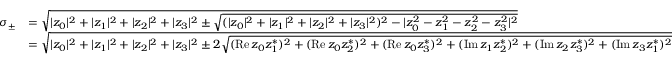
{ \begin{array} { r l } { \sigma _ { \pm } } & { = { \sqrt { | z _ { 0 } | ^ { 2 } + | z _ { 1 } | ^ { 2 } + | z _ { 2 } | ^ { 2 } + | z _ { 3 } | ^ { 2 } \pm { \sqrt { ( | z _ { 0 } | ^ { 2 } + | z _ { 1 } | ^ { 2 } + | z _ { 2 } | ^ { 2 } + | z _ { 3 } | ^ { 2 } ) ^ { 2 } - | z _ { 0 } ^ { 2 } - z _ { 1 } ^ { 2 } - z _ { 2 } ^ { 2 } - z _ { 3 } ^ { 2 } | ^ { 2 } } } } } } \\ & { = { \sqrt { | z _ { 0 } | ^ { 2 } + | z _ { 1 } | ^ { 2 } + | z _ { 2 } | ^ { 2 } + | z _ { 3 } | ^ { 2 } \pm 2 { \sqrt { ( \operatorname { R e } z _ { 0 } z _ { 1 } ^ { * } ) ^ { 2 } + ( \operatorname { R e } z _ { 0 } z _ { 2 } ^ { * } ) ^ { 2 } + ( \operatorname { R e } z _ { 0 } z _ { 3 } ^ { * } ) ^ { 2 } + ( \operatorname { I m } z _ { 1 } z _ { 2 } ^ { * } ) ^ { 2 } + ( \operatorname { I m } z _ { 2 } z _ { 3 } ^ { * } ) ^ { 2 } + ( \operatorname { I m } z _ { 3 } z _ { 1 } ^ { * } ) ^ { 2 } } } } } } \end{array} }